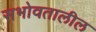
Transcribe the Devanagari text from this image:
सभोवतालील